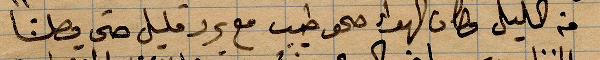
من الليل وكان الهواء صحو طيب مع برد قليل حتى وصلنا